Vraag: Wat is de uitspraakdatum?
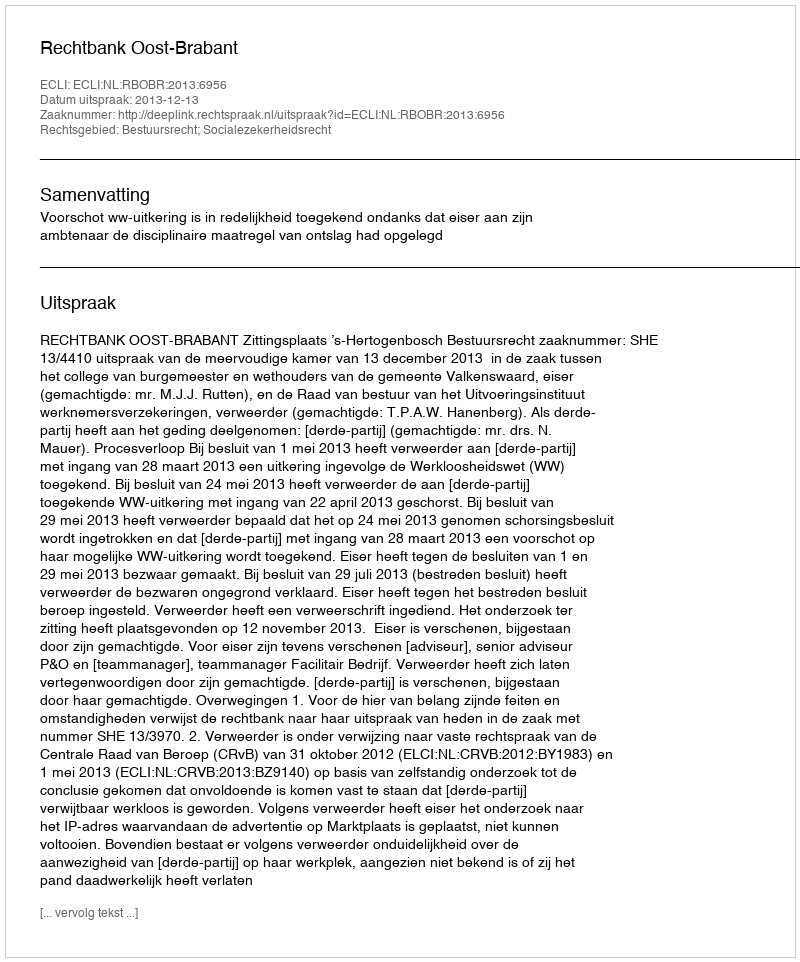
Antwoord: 2013-12-13